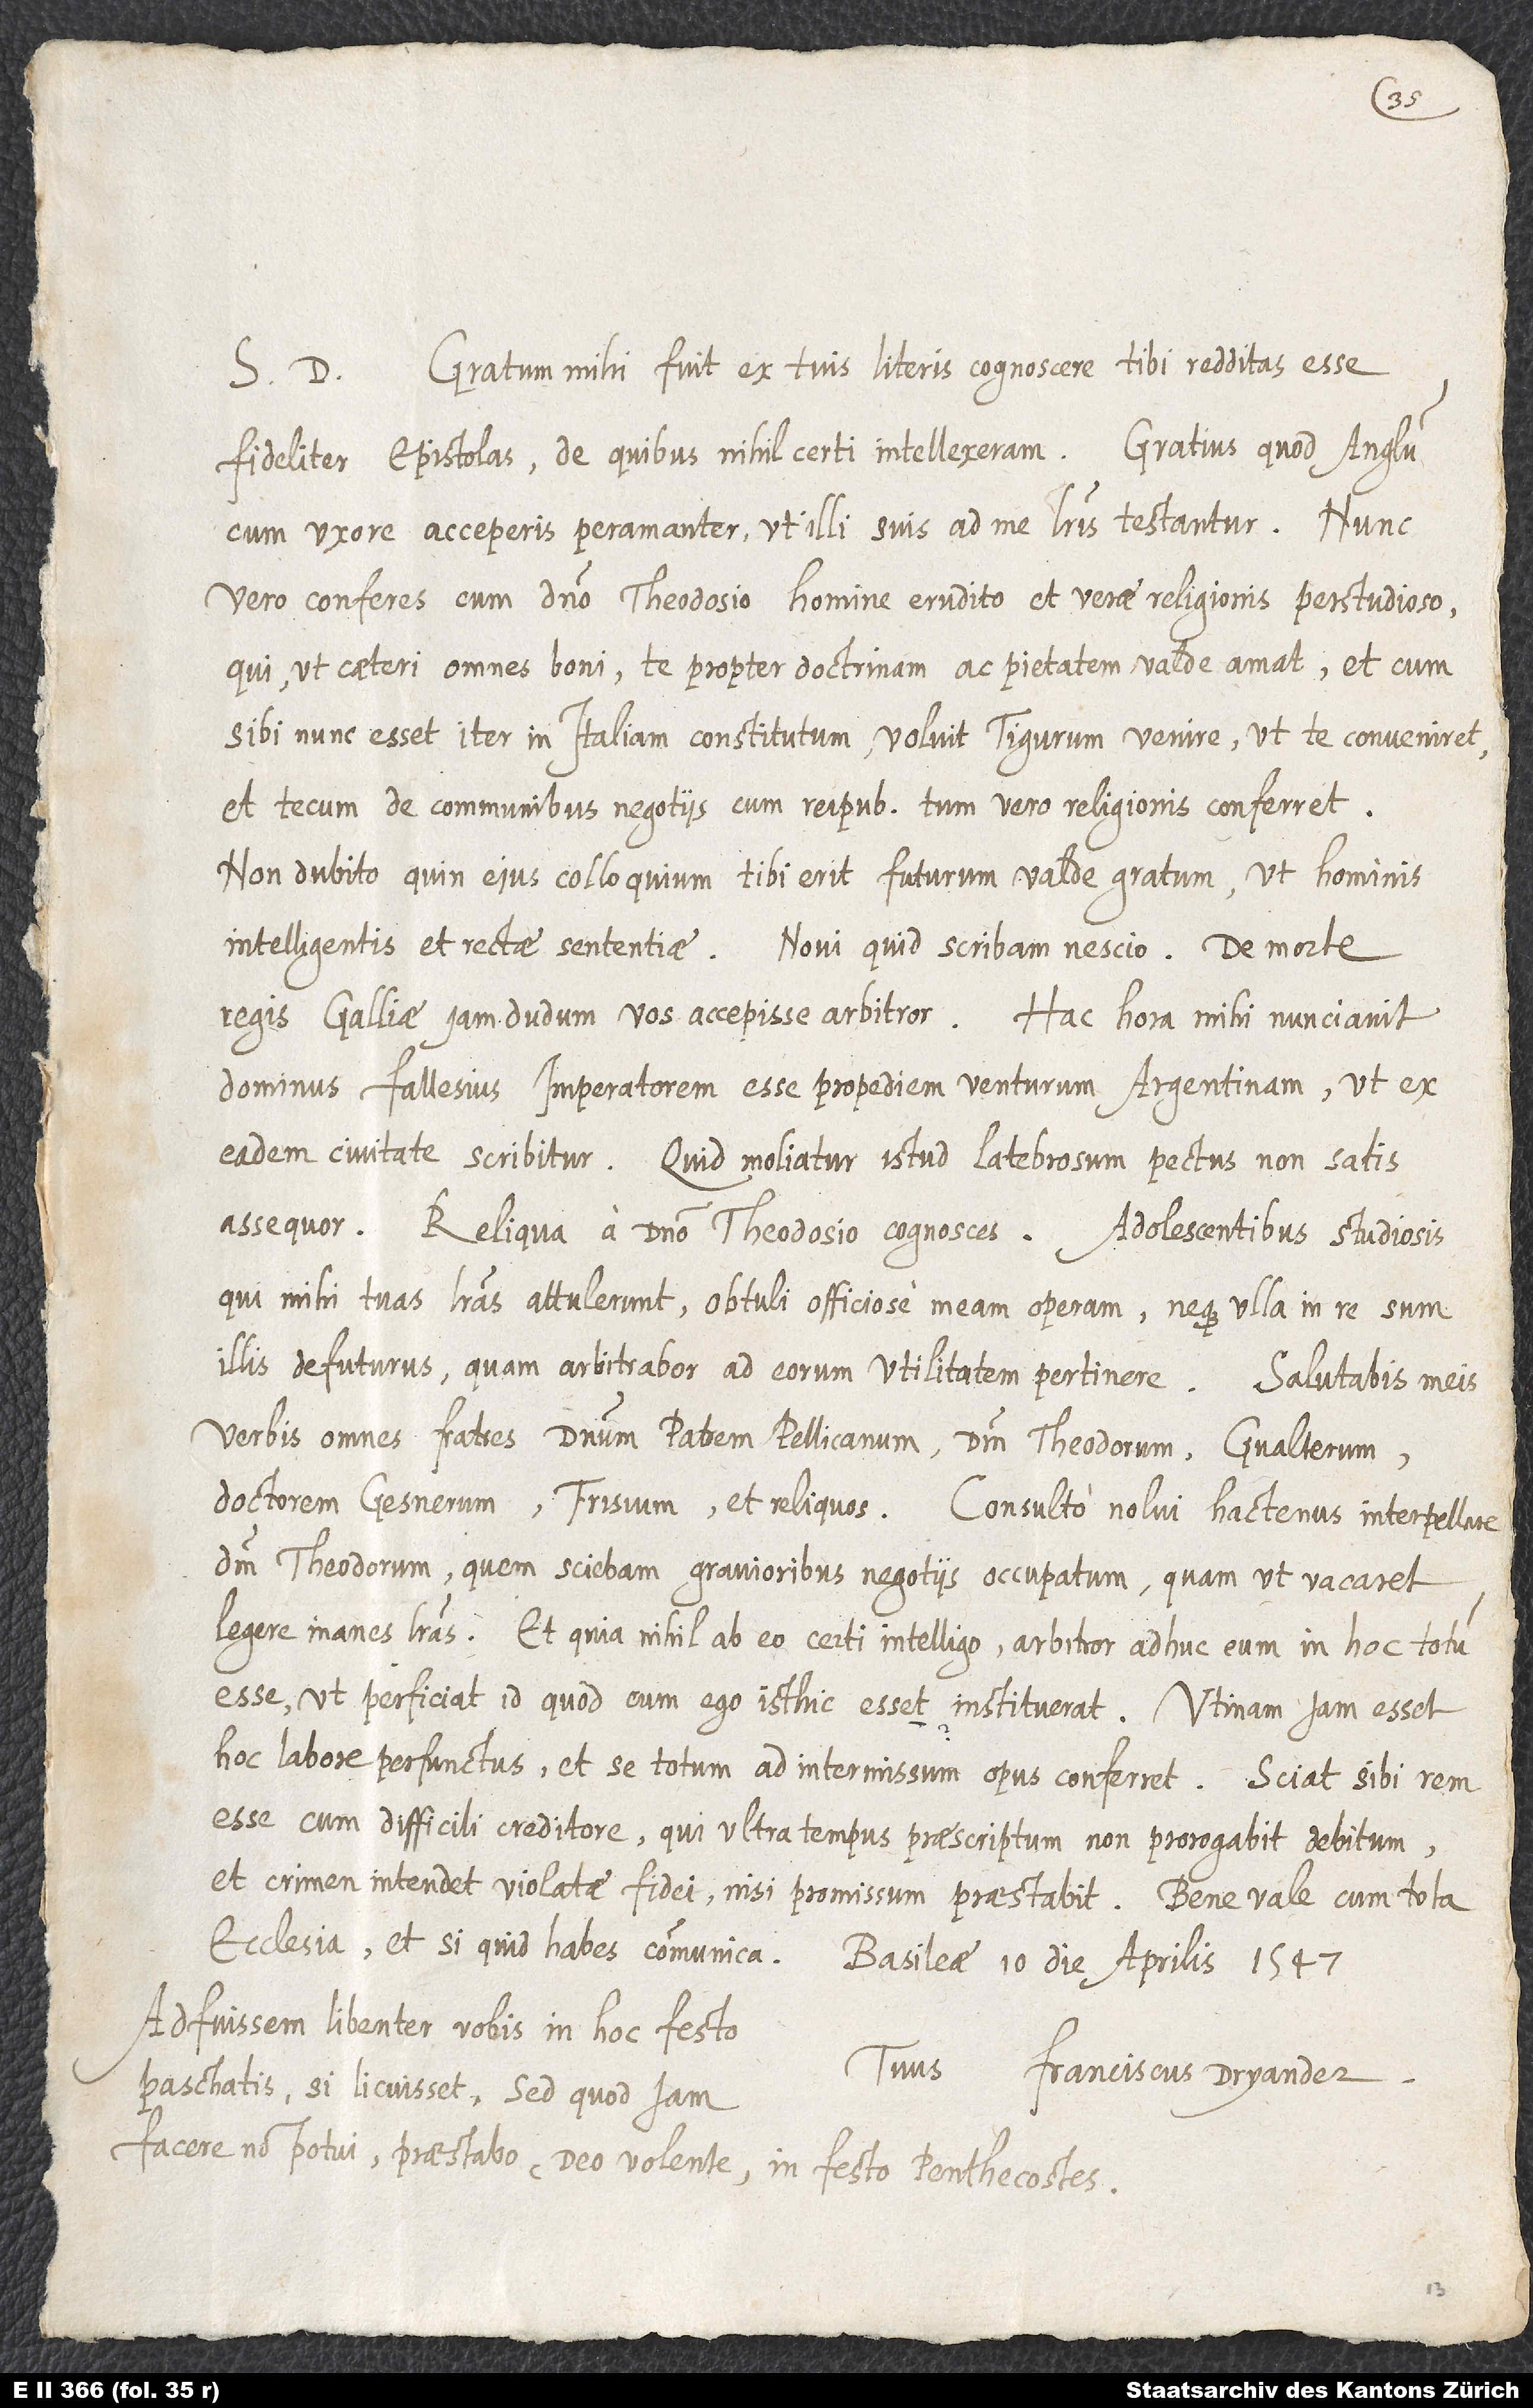
S. D. Gratum mihi fuit, ex tuis literis cognoscere tibi redditas esse
fideliter epistolas, de quibus nihil certi intellexeram; gratius quod Anglum
cum uxore acceperis peramanter, ut illi suis ad me literis testantur. Nunc
vero conferes cum domino Theodosio, homine erudito et verae religionis perstudioso,
qui ut caeteri omnes boni te propter doctrinam ac pietatem valde amat et, cum
sibi nunc esset iter in Italiam constitutum, voluit Tigurum venire, ut te conveniret
et tecum de communibus negotiis cum reipublicae tum vero religionis conferret.
Non dubito, quin eius colloquium tibi erit futurum valde gratum ut hominis
intelligentis et rectae sententiae. Novi quid scribam, nescio. De morte
regis Galliae iamdudum vos accepisse arbitror. Hac hora mihi annunciavit
dominus Fallesius imperatorem esse propediem venturum Argentinam, ut ex
eadem civitate scribitur. Quid moliatur istud latebrosum pectus, non satis
assequor. Reliqua a domino Theodosio cognosces. Adolescentibus studiosis,
qui mihi tuas literas attulerunt, obtuli officiose meam operam neque ulla in re sum
illis defuturus, quam arbitrabor ad eorum utilitatem pertinere. Salutabis meis
verbis omnes fratres, dominum patrem Pellicanum, dominum Theodorum, Gvalterum,
doctorem Gesnerum, Frisium et reliquos. Consulto nolui hactenus interpellare
dominum Theodorum, quem sciebam gravioribus negotiis occupatum, quam ut vacaret
legere inanes literas, et quia nihil ab eo certi intelligo, arbitror adhuc eum in hoc totum
esse, ut perficiat id, quod, cum ego isthic essem, instituerat. Utinam iam esset
hoc labore perfunctus et se totum ad intermissum opus conferret. Sciat sibi rem
esse cum difficili creditore, qui ultra tempus praescriptum non prorogabit debitum
et crimen intendet violatae fidei, nisi promissum praestabit. Bene vale cum tota
ecclesia et, si quid habes, communica.
Basileae, 10. Aprilis 1547.
Adfuissem libenter vobis in hoc festo
Tuus Franciscus Dryander.
paschatis, si licuisset; sed quod iam
facere non potui, praestabo deo volente in festo penthecostes